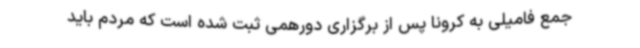
جمع فامیلی به کرونا پس از برگزاری دورهمی ثبت شده است که مردم باید